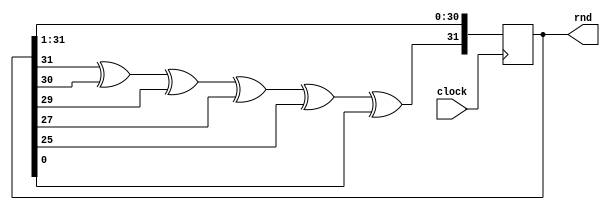
module rand32(

    input  wire        clock,
    output reg  [31:0] rnd

);

initial rnd = 32'h00000001;

//   
wire next_bit = rnd[31] ^ rnd[30] ^ rnd[29] ^ rnd[27] ^ rnd[25] ^ rnd[0];

// 
always @(posedge clock) rnd <= { next_bit, rnd[31:1] };

endmodule